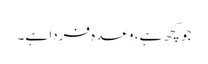
جو کچھ ہے، وعدہ فردا ہے۔